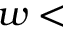
w <